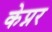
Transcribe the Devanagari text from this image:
केप्नर